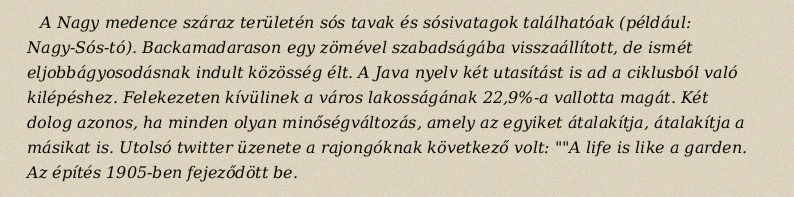
A Nagy medence száraz területén sós tavak és sósivatagok találhatóak (például: Nagy-Sós-tó). Backamadarason egy zömével szabadságába visszaállított, de ismét eljobbágyosodásnak indult közösség élt. A Java nyelv két utasítást is ad a ciklusból való kilépéshez. Felekezeten kívülinek a város lakosságának 22,9%-a vallotta magát. Két dolog azonos, ha minden olyan minőségváltozás, amely az egyiket átalakítja, átalakítja a másikat is. Utolsó twitter üzenete a rajongóknak következő volt: ""A life is like a garden. Az építés 1905-ben fejeződött be.